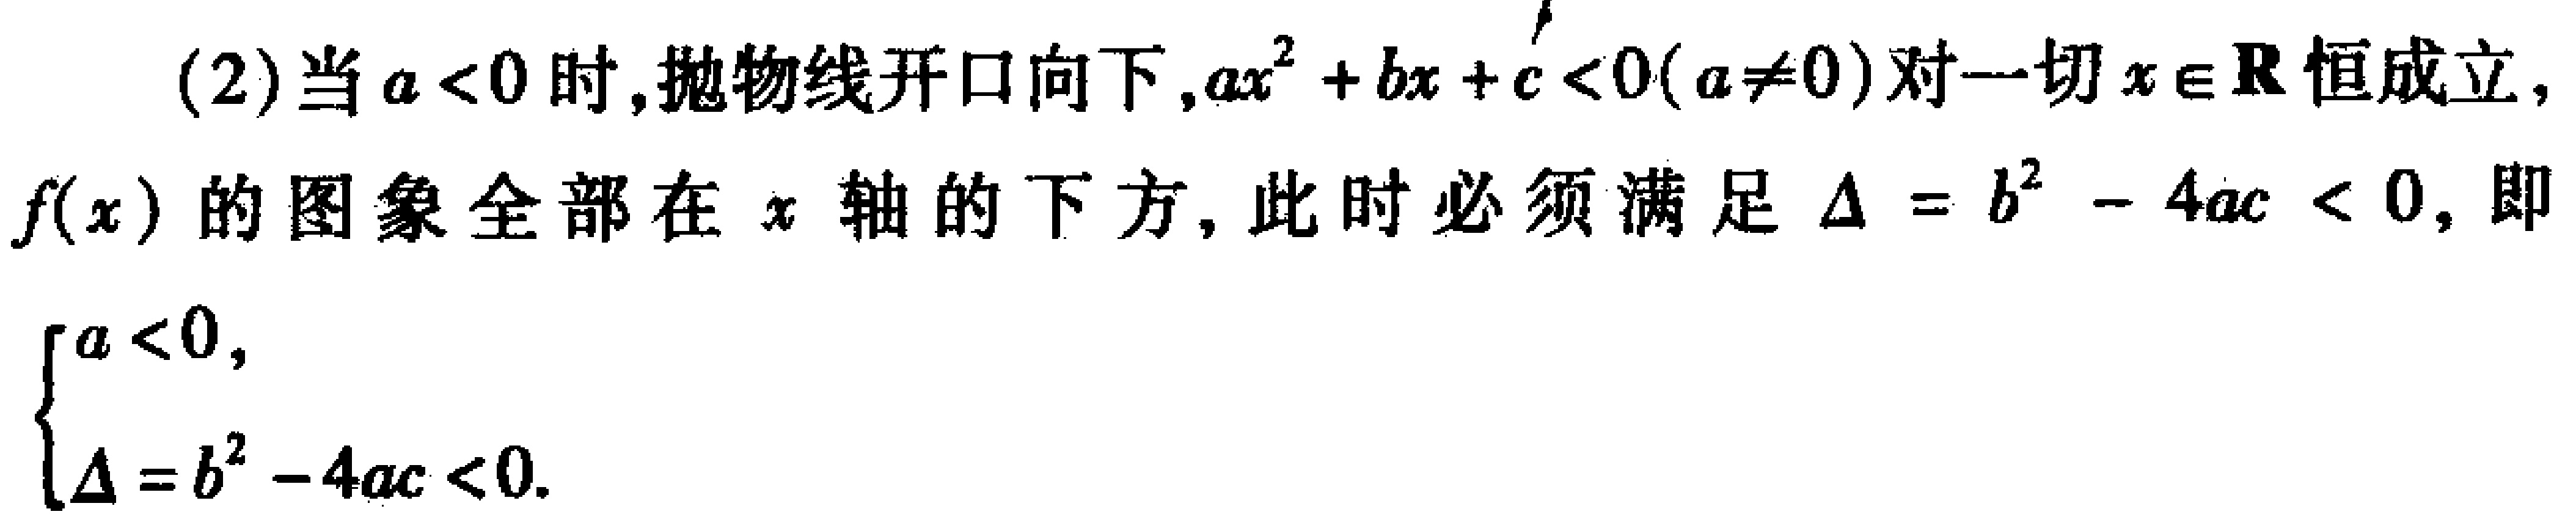
(2)当\(a < 0\)时,抛物线开口向下,\(ax^{2}+bx + c < 0(a\neq0)\)对一切\(x\in\mathbf{R}\)恒成立，\(f(x)\)的图象全部在 \(x\) 轴的下方, 此时必须满足 \(\Delta = b^{2}-4ac < 0\), 即

\(\begin{cases}

a < 0,\\

\Delta = b^{2}-4ac < 0.

\end{cases}\)